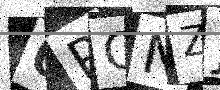
Text: 0PONZJ